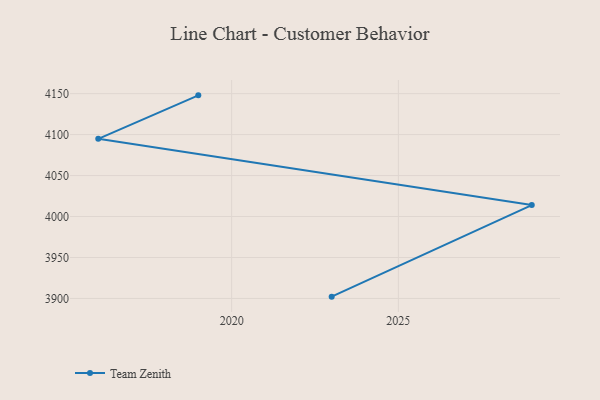
{"axis": {"x": "Year", "y": "Humidity (%)"}, "legend": ["Team Zenith"], "data": [{"x": "2019", "y": 4147.9, "type": "Team Zenith"}, {"x": "2016", "y": 4094.8, "type": "Team Zenith"}, {"x": "2029", "y": 4014.0, "type": "Team Zenith"}, {"x": "2023", "y": 3902.2, "type": "Team Zenith"}]}